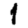
Digit: 1